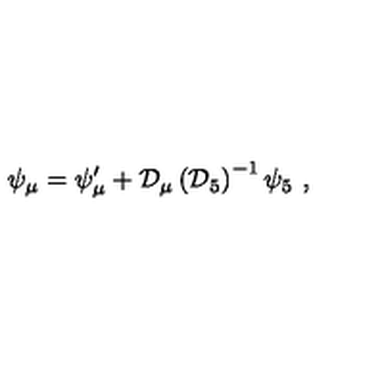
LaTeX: \psi _ { \mu } = \psi _ { \mu } ^ { \prime } + { \cal D } _ { \mu } \left( { \cal D } _ { 5 } \right) ^ { - 1 } \psi _ { 5 } \ ,